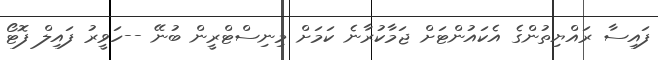
ފައިސާ ރައްޔިތުންގެ އެކައުންޓަށް ޖަމާކުރާނެ ކަމަށް މިނިސްޓްރީން ބުނޭ --ހަވީރު ފައިލް ފޮޓޯ